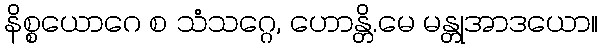
နိစ္စယောဂေ စ သံသဂ္ဂေ, ဟောန္တိ.မေ မန္တုအာဒယော။